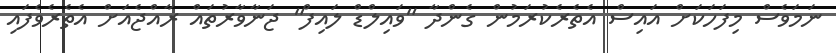
ނަމަވެސް މިފަހަކަށް އައިސް އެތެރެކުރަމުން ގެންދާ "ވައިލްޑް ލައިފް" ޖަނާވާރުތައް ރާއްޖެއަށް އެތެރެވެފައި